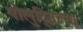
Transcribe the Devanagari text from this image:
पोलुद्नित्सा